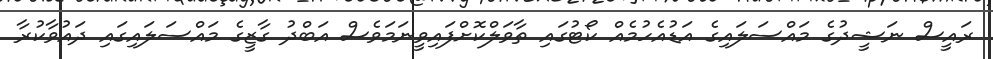
ރައީސް ނަޝީދުގެ މައްސަލައިގެ އަޑުއެހުމެއް ކޯޓުގައި ތާވަލްކޮށްފައިވީނަމަވެސް އަބްދު ގާޒީގެ މައްސަލައިގައި ދައުވާކުރާ